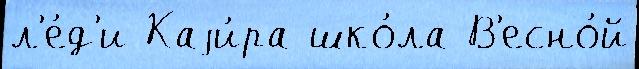
л'е́д'и Каjи́ра шко́ла В'есно́й